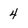
Character: 4